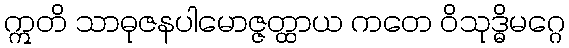
ဣတိ သာဓုဇနပါမောဇ္ဇတ္ထာယ ကတေ ဝိသုဒ္ဓိမဂ္ဂေ